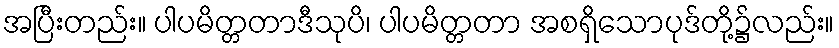
အပြီးတည်း။ ပါပမိတ္တတာဒီသုပိ၊ ပါပမိတ္တတာ အစရှိသောပုဒ်တို့၌လည်း။